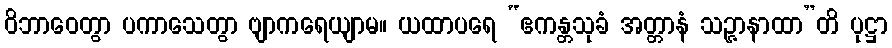
ဝိဘာဝေတွာ ပကာသေတွာ ဗျာကရေယျာမ။ ယထာပရေ “ဧကန္တသုခံ အတ္တာနံ သဉ္ဇာနာထာ”တိ ပုဋ္ဌာ